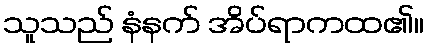
သူသည် နံနက် အိပ်ရာကထ၏။